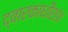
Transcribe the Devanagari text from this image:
द्वारकाधीश॥